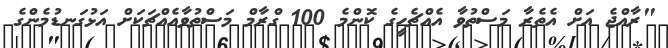
"ރާއްޖެ އަށް އެތެރާ މަސްތުވާ އެއްޗެހީގެ ކޮންމެ 100 ގްރާމް މަސްތުވާއެއްޗަކަށް އަޅުގަނޑުމެންގެ